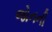
જોનની